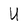
Character: U